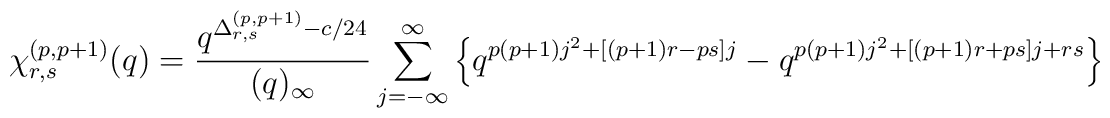
\chi_{r,s}^{(p,p+1)}(q) = \frac{q^{\Delta_{r,s}^{(p,p+1)}-c/24}}{(q)_{\infty}}\sum_{j=-\infty}^{\infty}\left\{q^{p(p+1)j^2+[(p+1)r-ps]j}-q^{p(p+1)j^2+[(p+1)r+ps]j+rs} \right\}